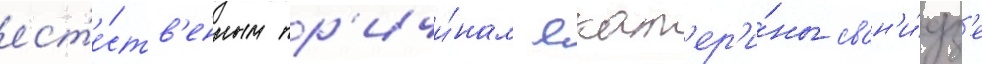
ест'е́ств'енным пр'ичи́нам екат'ер'и́ны сван'и́дз'е